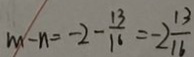
m - n = - 2 - \frac { 1 3 } { 1 6 } = - 2 \frac { 1 3 } { 1 6 }